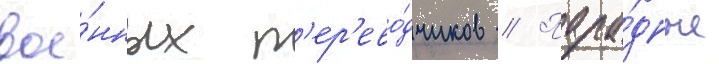
вое́нных п'ер'ево́дчиков // Пара́дные